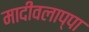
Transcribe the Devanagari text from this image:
मादीवलाप्पा